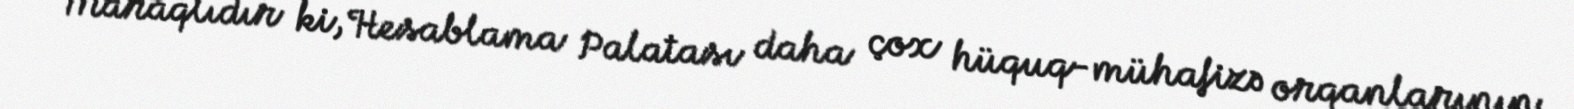
Maraqlıdır ki, Hesablama Palatası daha çox hüquq-mühafizə orqanlarının